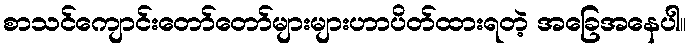
စာသင်ကျောင်းတော်တော်များများဟာပိတ်ထားရတဲ့ အခြေအနေပါ။